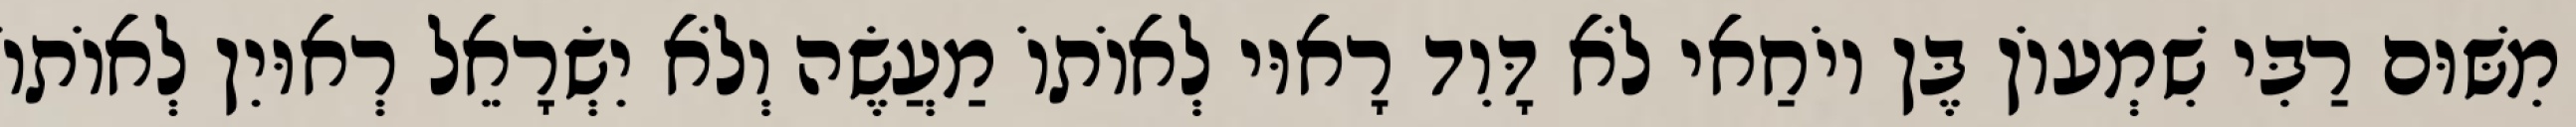
מִשּׁוּם רַבִּי שִׁמְעוֹן בֶּן יוֹחַאי לֹא דָּוִד רָאוּי לְאוֹתוֹ מַעֲשֶׂה וְלֹא יִשְׂרָאֵל רְאוּיִן לְאוֹתוֹ